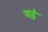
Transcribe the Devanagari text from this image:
थड़े